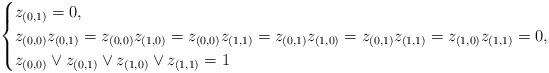
LaTeX: \begin{align*}\begin{cases}z_{(0,1)}=0,\\z_{(0,0)}z_{(0,1)}=z_{(0,0)}z_{(1,0)}=z_{(0,0)}z_{(1,1)}=z_{(0,1)}z_{(1,0)}=z_{(0,1)}z_{(1,1)}=z_{(1,0)}z_{(1,1)}=0,\\z_{(0,0)}\vee z_{(0,1)}\vee z_{(1,0)}\vee z_{(1,1)}=1\end{cases}\end{align*}